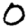
Digit: 0